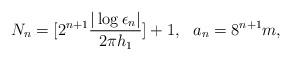
LaTeX: \begin{align*}N_{n}=[2^{n+1}\frac{|\log\epsilon_{n}|}{2\pi h_{1}}]+1, \ \ a_{n}=8^{n+1}m,\end{align*}